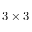
3 \times 3